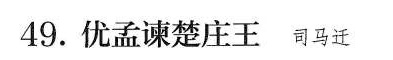
49. 优孟谏楚庄王 司马迁